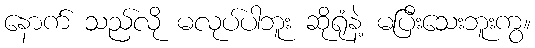
နောက် သည်လို မလုပ်ပါဘူး ဆိုရုံနဲ့ မပြီးသေးဘူးကွ။